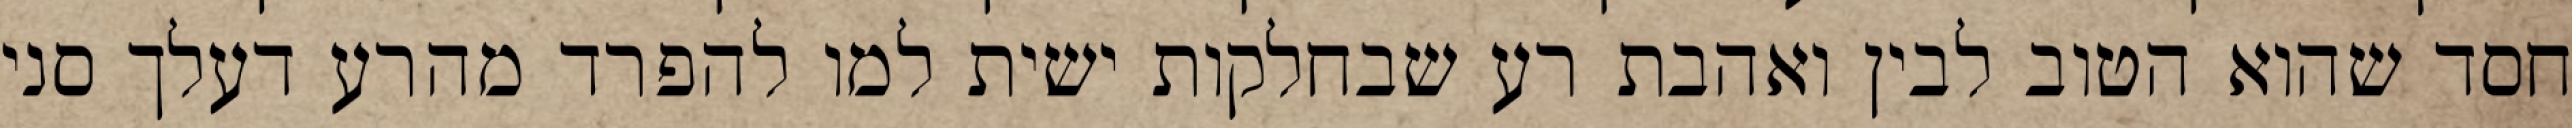
חסד שהוא הטוב לבין ואהבת רע שבחלקות ישית למו להפרד מהרע דעלך סני